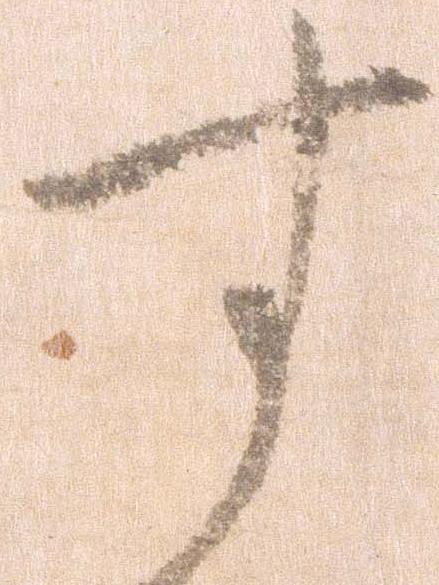
す